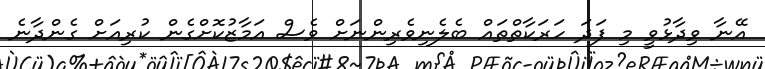
އޭނާ ވިދާޅުވީ މި ފަދަ ހަރަކާތްތައް ބެލެނިވެރިންނަށް ވެސް އަމާޒުކޮށްގެން ކުރިއަށް ގެންދާނެ